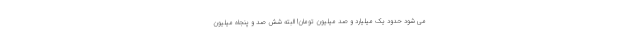
می شود حدود یک میلیارد و صد میلیون تومان! البته شش صد و پنجاه میلیون